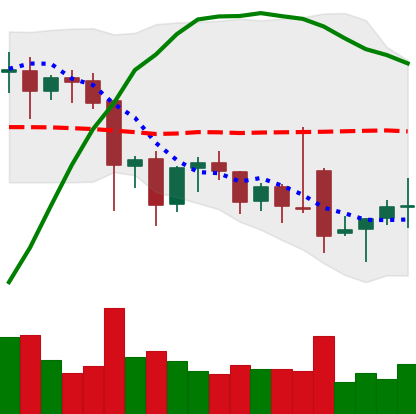
Ticker: ETC-USD
Chart end date: 2021-11-30
Forward return: -19.716%
Label: down_7plus